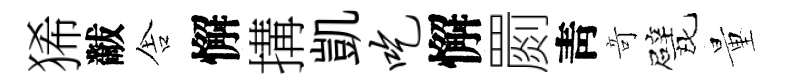
狶黻舎懈搆凱吃懈罽靑竒甓量